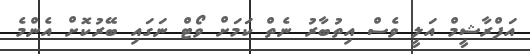
އަފްރާޝީމް އަލީ ވެސް އިތުބާރު ނެތް ކަމަށް ވޯޓް ނަގައި ބޭރުކޮށް އެންމެ